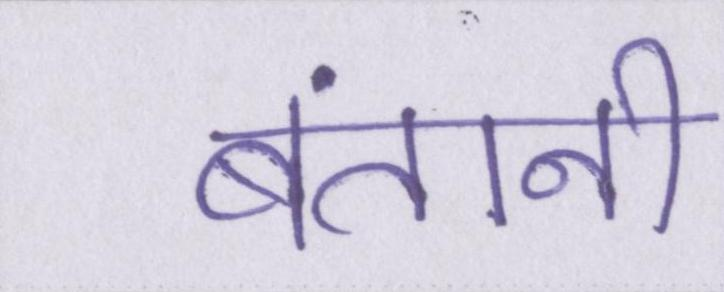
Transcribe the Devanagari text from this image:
बंतानी